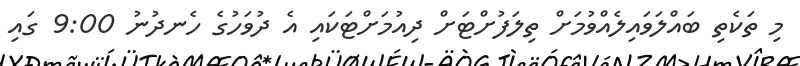
މި ތަކެތި ބައްލަވައިލެއްވުމަށް ތިލަފުށްޓަށް ދިއުމަށްޓަކައި އެ ދުވަހުގެ ހެނދުނު 9:00 ގައި